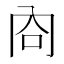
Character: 㕯